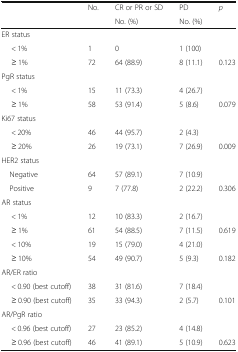
| <ROWSPAN=2>  | <ROWSPAN=2> No. | CR or PR or SD | PD | <ROWSPAN=2> p |
 | No. (%) | No. (%) |
 | --- | --- | --- | --- | --- |
 | <COLSPAN=5> ER status |
 | < 1% | 1 | 0 | 1 (100) |  |
 | ≥ 1% | 72 | 64 (88.9) | 8 (11.1) | 0.123 |
 | <COLSPAN=5> PgR status |
 | < 1% | 15 | 11 (73.3) | 4 (26.7) |  |
 | ≥ 1% | 58 | 53 (91.4) | 5 (8.6) | 0.079 |
 | <COLSPAN=5> Ki67 status |
 | < 20% | 46 | 44 (95.7) | 2 (4.3) |  |
 | ≥ 20% | 26 | 19 (73.1) | 7 (26.9) | 0.009 |
 | <COLSPAN=5> HER2 status |
 | Negative | 64 | 57 (89.1) | 7 (10.9) |  |
 | Positive | 9 | 7 (77.8) | 2 (22.2) | 0.306 |
 | <COLSPAN=5> AR status |
 | < 1% | 12 | 10 (83.3) | 2 (16.7) |  |
 | ≥ 1% | 61 | 54 (88.5) | 7 (11.5) | 0.619 |
 | < 10% | 19 | 15 (79.0) | 4 (21.0) |  |
 | ≥ 10% | 54 | 49 (90.7) | 5 (9.3) | 0.182 |
 | <COLSPAN=5> AR/ER ratio |
 | < 0.90 (best cutoff) | 38 | 31 (81.6) | 7 (18.4) |  |
 | ≥ 0.90 (best cutoff) | 35 | 33 (94.3) | 2 (5.7) | 0.101 |
 | <COLSPAN=5> AR/PgR ratio |
 | < 0.96 (best cutoff) | 27 | 23 (85.2) | 4 (14.8) |  |
 | ≥ 0.96 (best cutoff) | 46 | 41 (89.1) | 5 (10.9) | 0.623 |